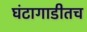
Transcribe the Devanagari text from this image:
घंटागाडीतच